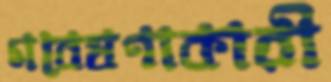
গবেষণাকারী